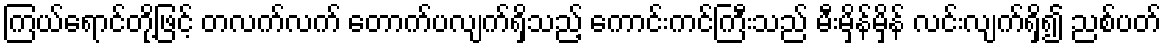
ကြယ်ရောင်တို့ဖြင့် တလက်လက် တောက်ပလျက်ရှိသည့် ကောင်းကင်ကြီးသည် မီးမှိန်မှိန် လင်းလျက်ရှိ၍ ညစ်ပတ်